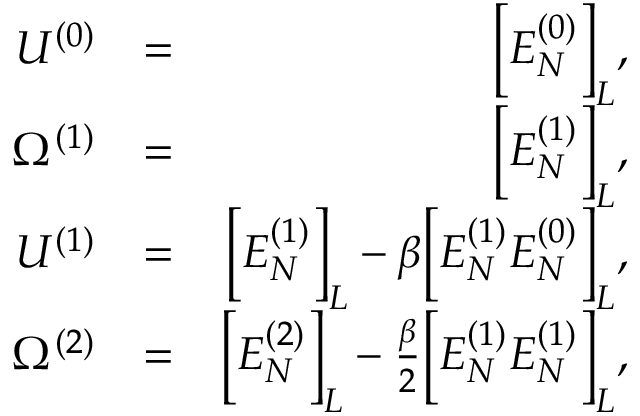
\begin{array} { r l r } { U ^ { ( 0 ) } } & { = } & { \Big [ E _ { N } ^ { ( 0 ) } \Big ] _ { L } , } \\ { \Omega ^ { ( 1 ) } } & { = } & { \Big [ E _ { N } ^ { ( 1 ) } \Big ] _ { L } , } \\ { U ^ { ( 1 ) } } & { = } & { \Big [ E _ { N } ^ { ( 1 ) } \Big ] _ { L } - \beta \Big [ E _ { N } ^ { ( 1 ) } E _ { N } ^ { ( 0 ) } \Big ] _ { L } , } \\ { \Omega ^ { ( 2 ) } } & { = } & { \Big [ E _ { N } ^ { ( 2 ) } \Big ] _ { L } - \frac { \beta } { 2 } \Big [ E _ { N } ^ { ( 1 ) } E _ { N } ^ { ( 1 ) } \Big ] _ { L } , } \end{array}